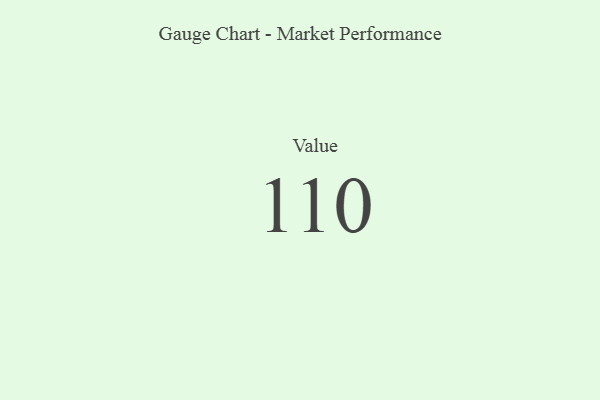
{"axis": {"x": "Metric", "y": "Value"}, "legend": [""], "data": [{"x": "Value", "y": 110, "type": ""}]}